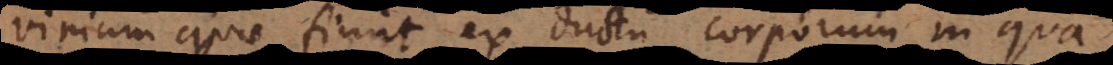
virium quae fiunt ex ductu corporum in qua